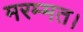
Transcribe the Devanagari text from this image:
मरम्मत।